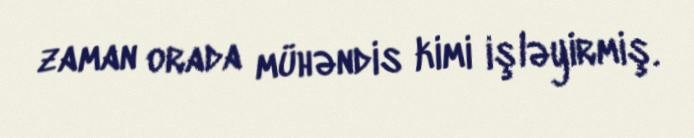
zaman orada mühəndis kimi işləyirmiş.